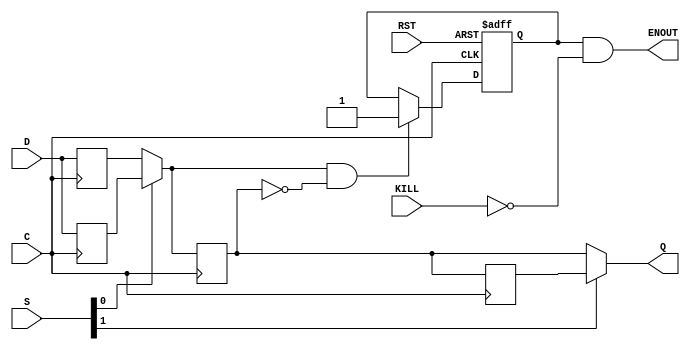
`timescale 1ns / 1ps
//////////////////////////////////////////////////////////////////////////////////
// Company: 
// Engineer: 
// 
// Design Name: 
// Module Name:    sync_mux 
// Project Name: 
// Target Devices: 
// Tool versions: 
// Description: 
//
// Dependencies: 
//
// Revision: 
// Revision 0.01 - File Created
// Additional Comments: 
//
//////////////////////////////////////////////////////////////////////////////////
module sync_mux(
	input C,
	input RST,
	input D,
	input [1:0] S,
	input KILL,
	output Q,
	output ENOUT // in time with d2
);

reg df;
reg dr;
wire d1;
reg d2,d3;
reg en;

assign d1 = S[0] ? dr : df;
assign Q  = S[1] ? d3 : d2;
assign ENOUT = en & !KILL; // self enabling (disabled after programming to mask DAV inputs from other FPGAs during hard resets)

(* IOB = "TRUE" *)
always @(negedge C)
begin
	df <= D;
end

always @(posedge C)
begin
	dr <= D;
	d2 <= d1;
	d3 <= d2;
end

always @(posedge C or posedge RST)
begin
	if(RST)
		en <= 1'b0;
	else
		if(d1 & !d2) //leading edge
			en <= 1'b1;
end

endmodule